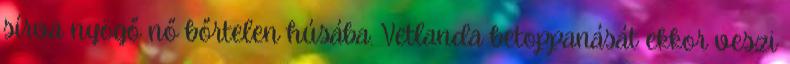
sírva nyögő nő bőrtelen húsába. Vetlanda betoppanását ekkor veszi